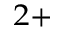
^ { 2 + }